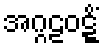
အဂ္ဂဠဝဋ္ဋိံ